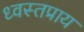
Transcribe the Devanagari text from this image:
ध्वस्तप्राय